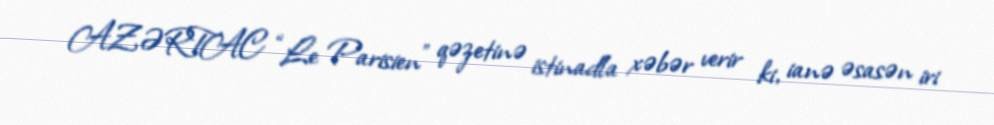
AZƏRTAC “Le Parisien” qəzetinə istinadla xəbər verir ki, ianə əsasən iri